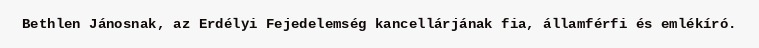
Bethlen Jánosnak, az Erdélyi Fejedelemség kancellárjának fia, államférfi és emlékíró.